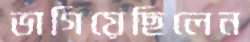
ভাগিয়েছিলেন